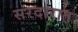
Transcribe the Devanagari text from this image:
सरदारात